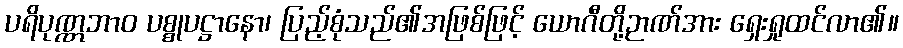
ပရိပုဏ္ဏဘာဝ ပစ္စုပဋ္ဌာနော၊ ပြည့်စုံသည်၏အဖြစ်ဖြင့် ယောဂီတို့ဉာဏ်အား ရှေးရှုထင်လာ၏။